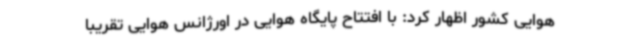
هوایی کشور اظهار کرد: با افتتاح پایگاه هوایی در اورژانس هوایی تقریبا